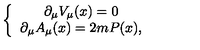
\left\{ \begin{array} { c } { \partial _ { \mu } V _ { \mu } ( x ) = 0 } \\ { \partial _ { \mu } A _ { \mu } ( x ) = 2 m P ( x ) , } \\ \end{array} \right.